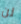
لن